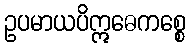
ဥပမာယပိဣဓေကစ္စေ